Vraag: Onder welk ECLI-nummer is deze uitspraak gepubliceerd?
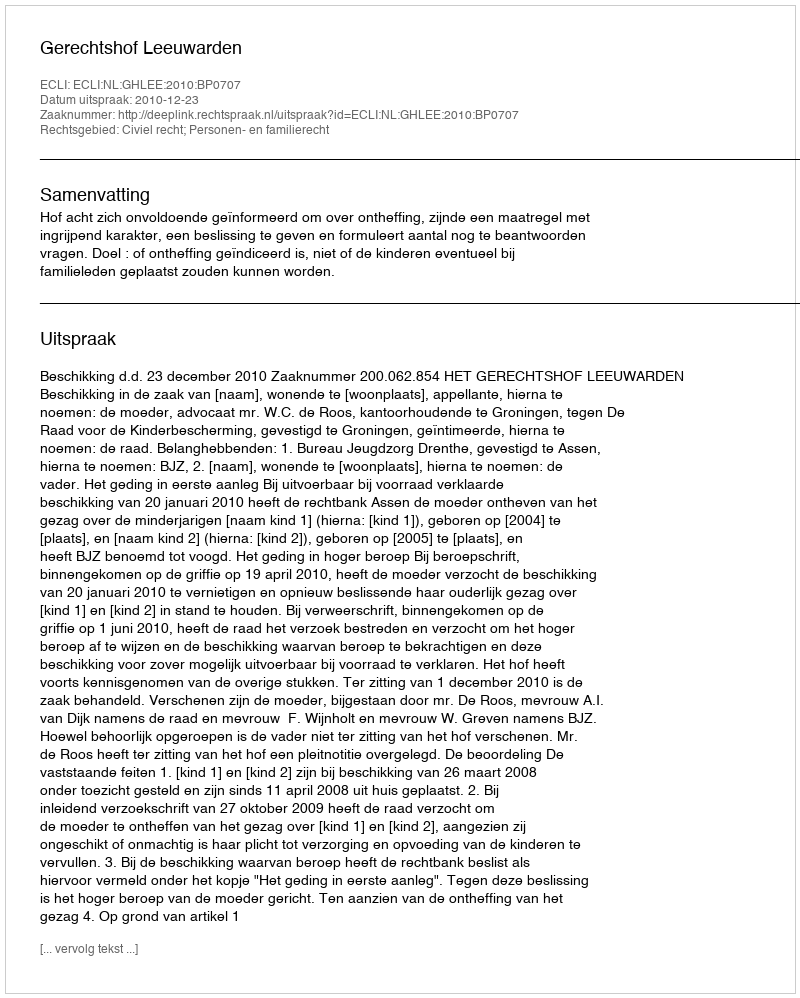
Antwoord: ECLI:NL:GHLEE:2010:BP0707